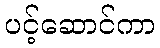
ပင့်ဆောင်ကာ